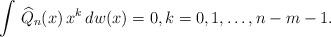
LaTeX: \begin{align*} \int \, \widehat{Q}_n(x) \, x^k \, dw(x)=0, k=0,1,\ldots,n-m-1.\end{align*}